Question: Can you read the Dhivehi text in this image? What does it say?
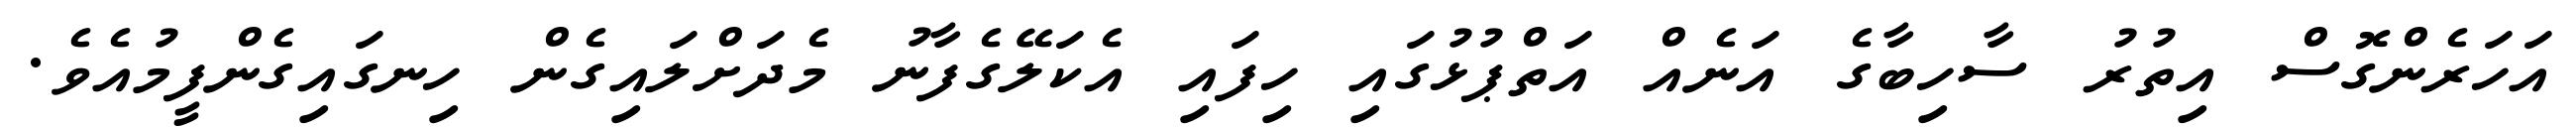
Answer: އަހަރެންގޮސް އިތުރު ސާހިބާގެ އަނެއް އަތްޕުޅުގައި ހިފައި އެކަލޭގެފާނު މެދަށްލައިގެން ހިނގައިގެންފީމުއެވެ.